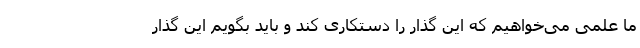
ما علمی می‌خواهیم که این گذار را دستکاری کند و باید بگویم این گذار